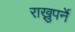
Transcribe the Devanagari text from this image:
राख्नुपर्ने